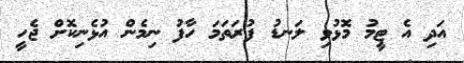
އަދި އެ ޓީމު މޮޅުވި ލަނޑު ފުރަތަމަ ހާފު ނިމެން އުޅެނިކޮށް ޖެހީ